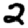
Digit: 2